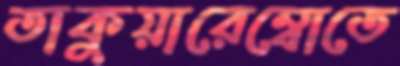
তাকুয়ারেম্বোতে